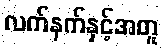
လက်နက်နှင့်အတူ